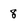
Character: 8